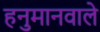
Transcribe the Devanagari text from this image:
हनुमानवाले